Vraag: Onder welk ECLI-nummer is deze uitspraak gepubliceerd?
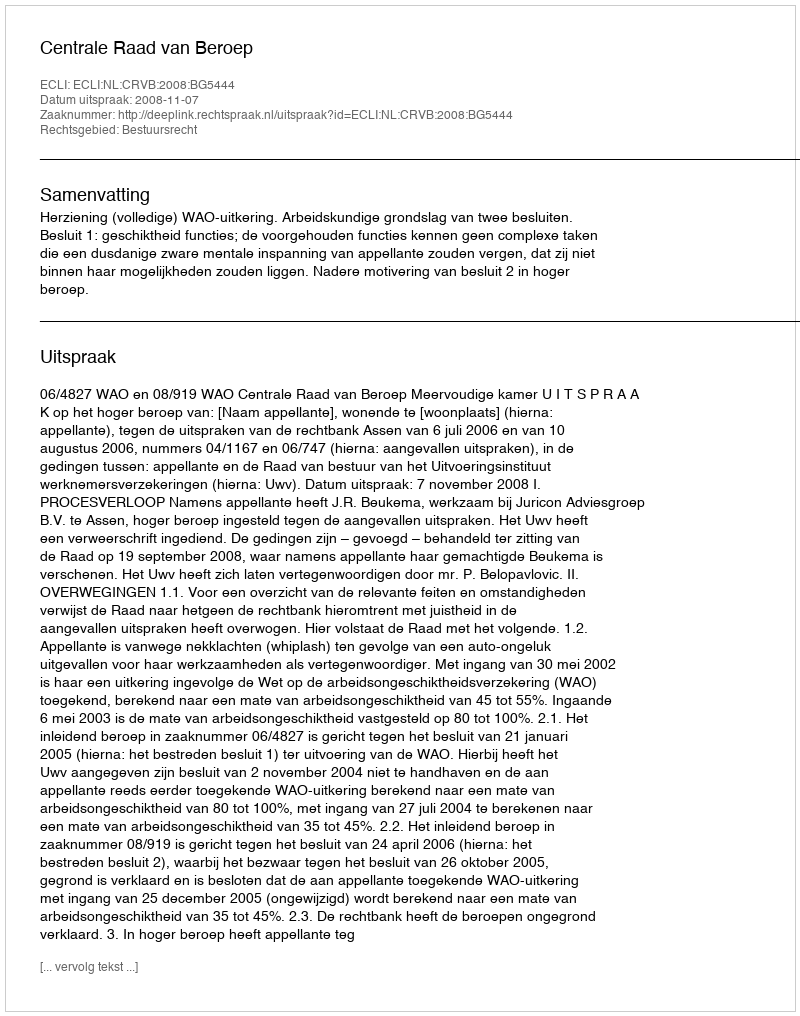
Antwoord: ECLI:NL:CRVB:2008:BG5444